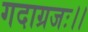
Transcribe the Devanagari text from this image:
गदाग्रजः।।